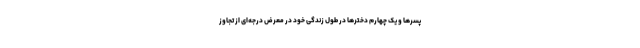
پسرها و یک چهارم دخترها در طول زندگی خود در معرض درجه‌ای از تجاوز